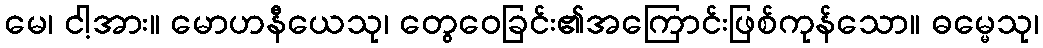
မေ၊ ငါ့အား။ မောဟနီယေသု၊ တွေဝေခြင်း၏အကြောင်းဖြစ်ကုန်သော။ ဓမ္မေသု၊